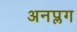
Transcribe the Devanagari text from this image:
अनप्लग